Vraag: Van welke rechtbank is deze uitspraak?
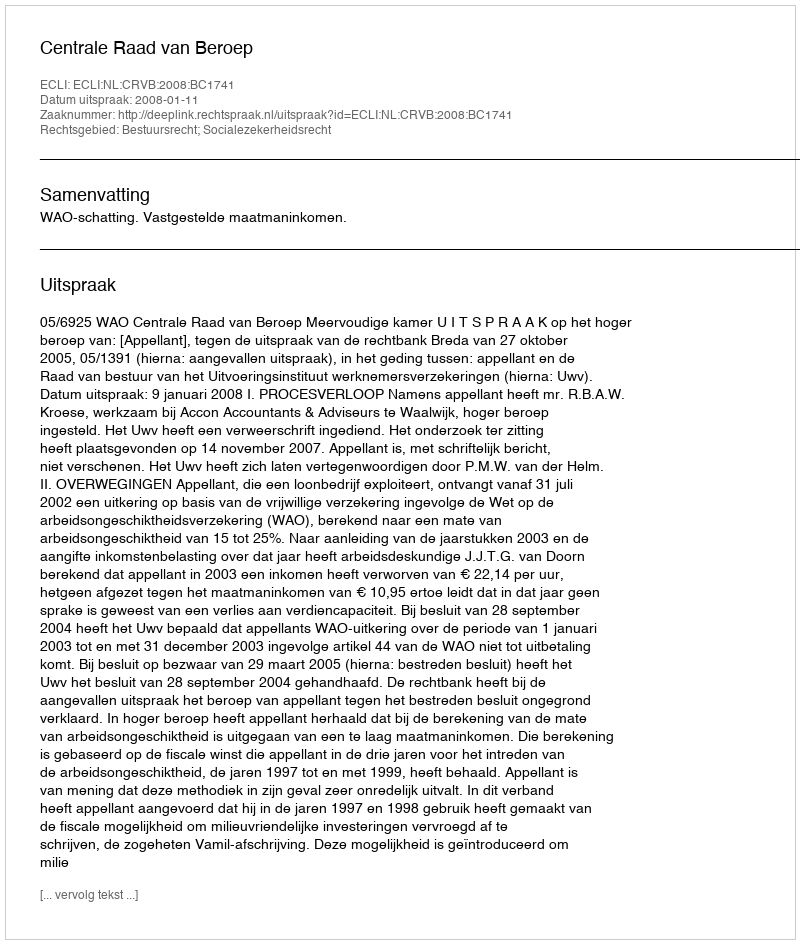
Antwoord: Centrale Raad van Beroep